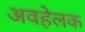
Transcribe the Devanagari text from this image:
अवहेलक